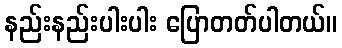
နည်းနည်းပါးပါး ပြောတတ်ပါတယ်။